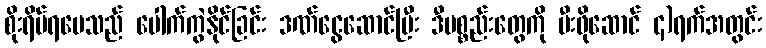
စိုးရိမ်ရပေသည် ပေါက်ကွဲနိုင်ခြင်း ဒဏ်ငွေဆောင်ပြီး ဒီပစ္စည်းတွေကို မီးဖိုဆောင် ၄)ရက်အတွင်း